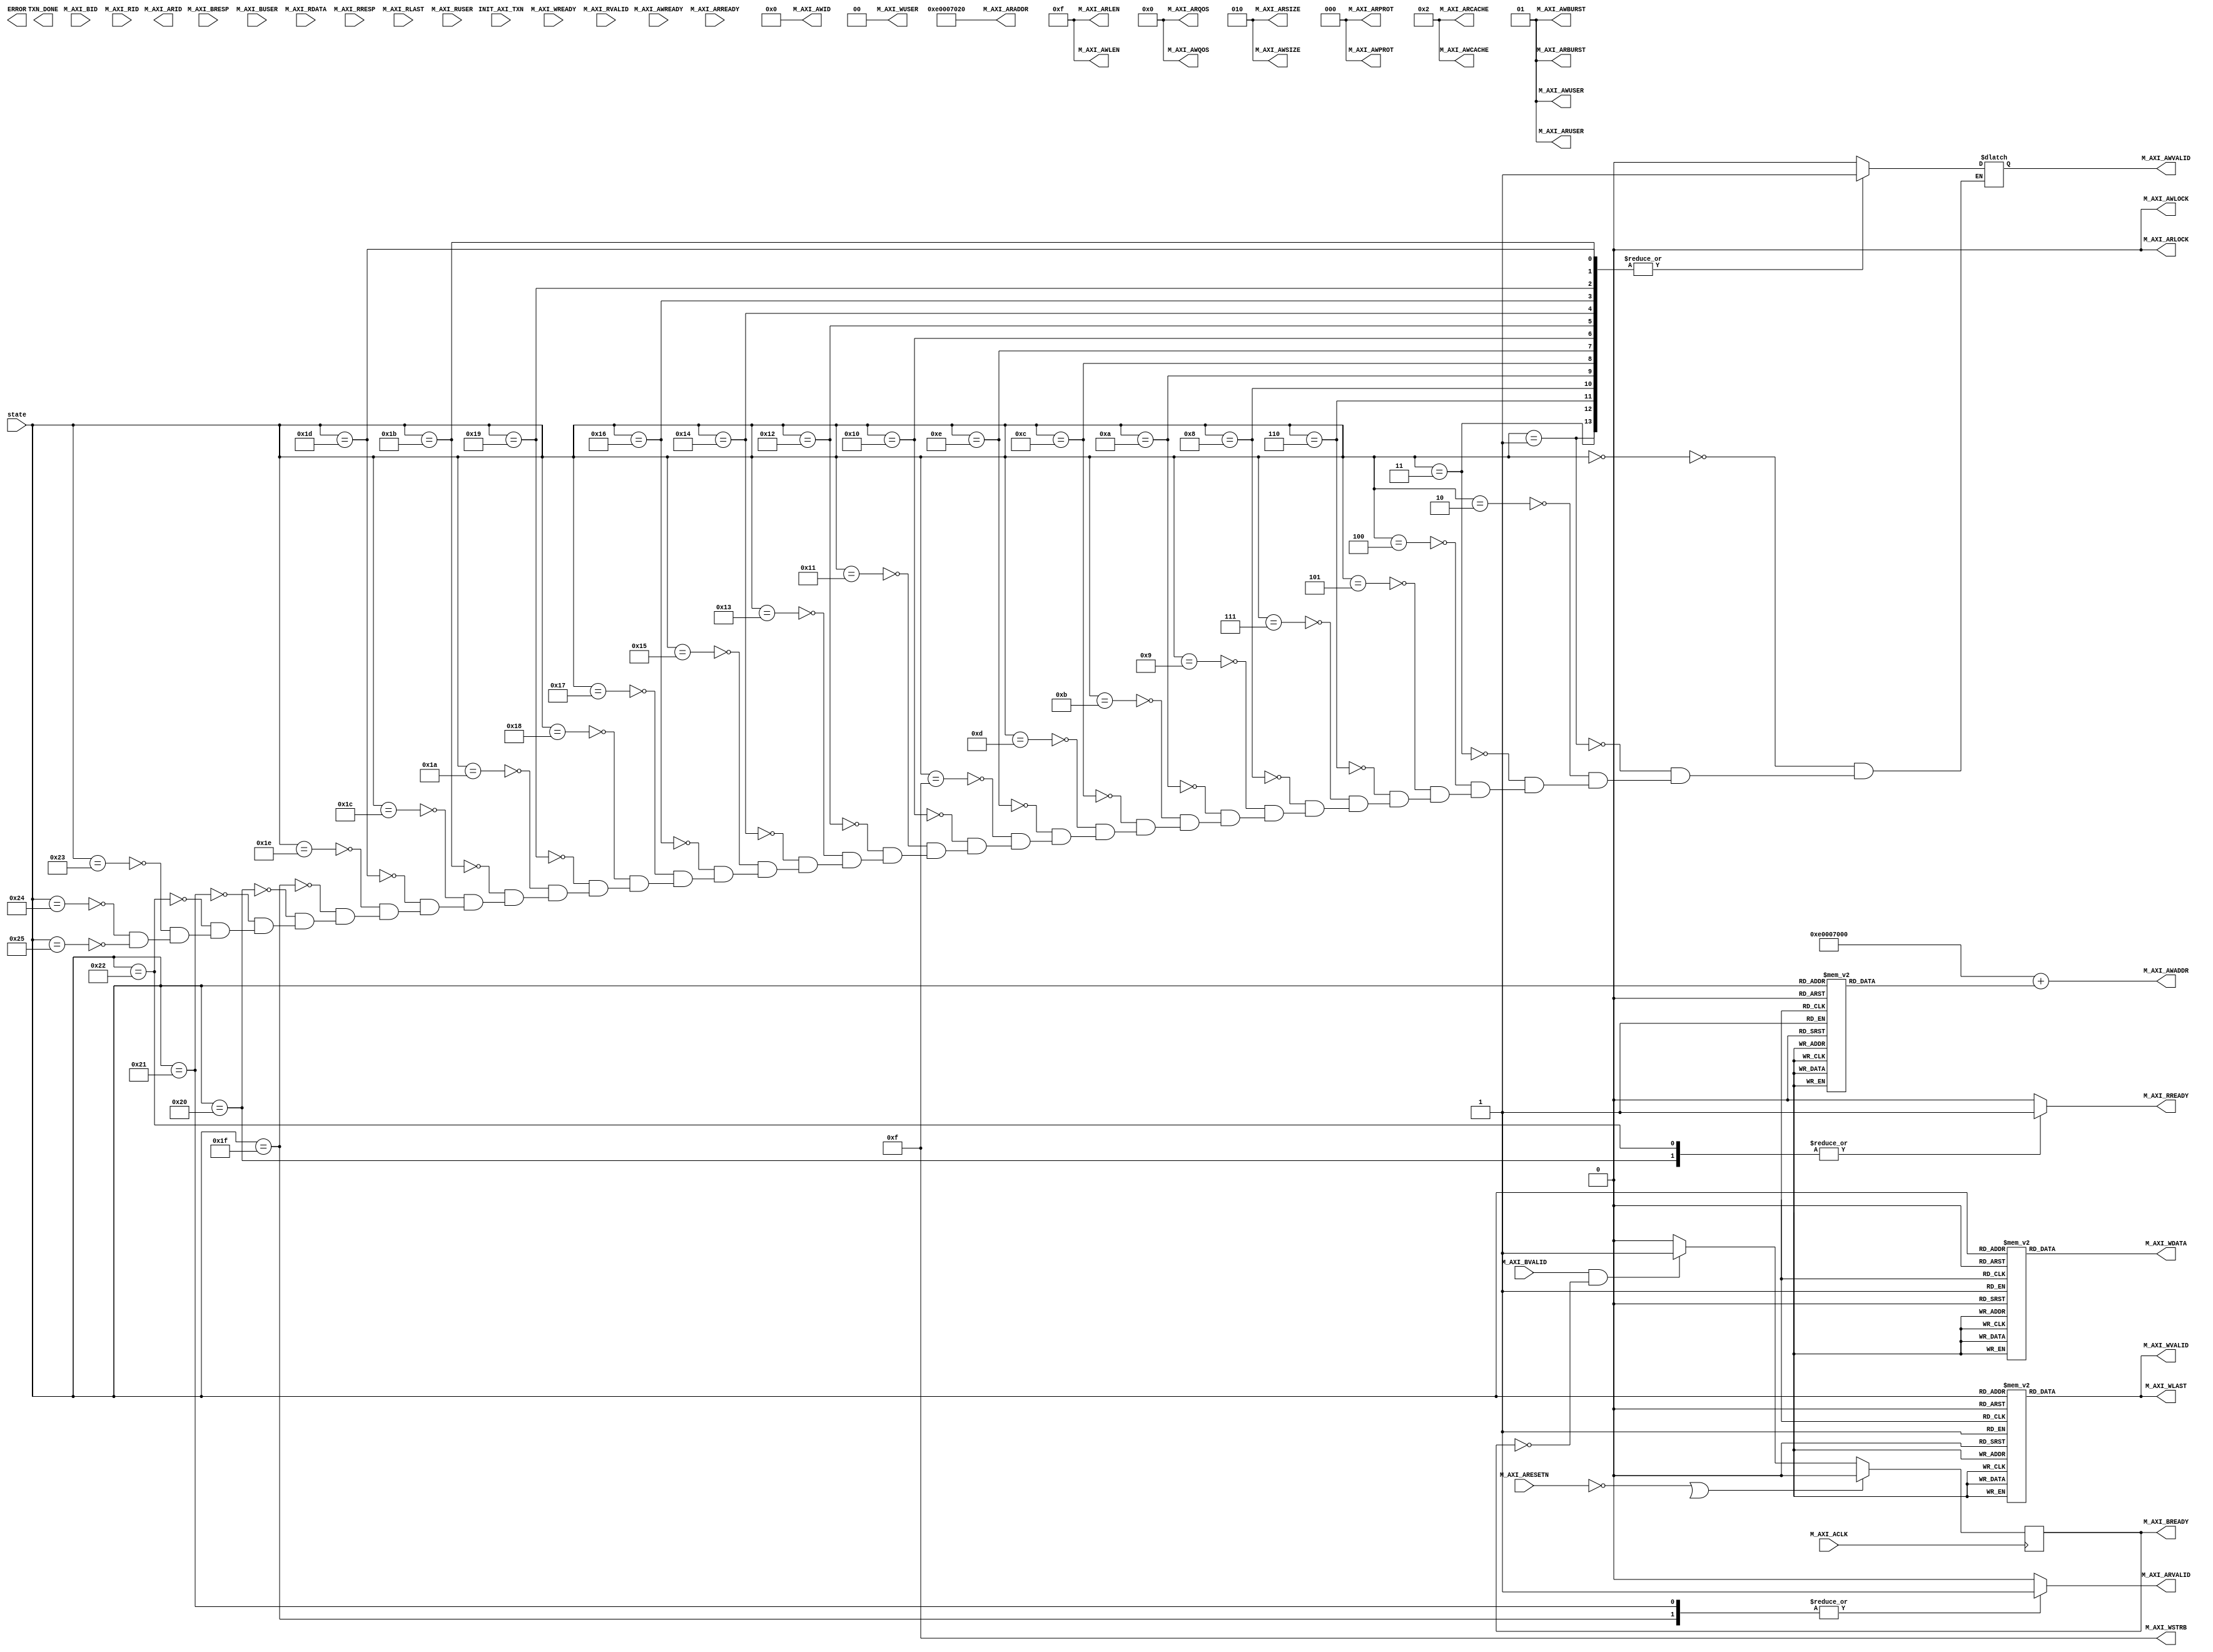

`timescale 1 ns / 1 ps

	module read_spi_v1_0_Read_from_SPI #
	(
		// Users to add parameters here

		// User parameters ends
		// Do not modify the parameters beyond this line

		// Base address of targeted slave
		parameter  C_M_TARGET_SLAVE_BASE_ADDR	= 32'he0007000,
		// Burst Length. Supports 1, 2, 4, 8, 16, 32, 64, 128, 256 burst lengths
		parameter integer C_M_AXI_BURST_LEN	= 16,
		// Thread ID Width
		parameter integer C_M_AXI_ID_WIDTH	= 5,
		// Width of Address Bus
		parameter integer C_M_AXI_ADDR_WIDTH	= 32,
		// Width of Data Bus
		parameter integer C_M_AXI_DATA_WIDTH	= 32,
		// Width of User Write Address Bus
		parameter integer C_M_AXI_AWUSER_WIDTH	= 0,
		// Width of User Read Address Bus
		parameter integer C_M_AXI_ARUSER_WIDTH	= 0,
		// Width of User Write Data Bus
		parameter integer C_M_AXI_WUSER_WIDTH	= 0,
		// Width of User Read Data Bus
		parameter integer C_M_AXI_RUSER_WIDTH	= 0,
		// Width of User Response Bus
		parameter integer C_M_AXI_BUSER_WIDTH	= 0
	)
	(
		// Users to add ports here
		input wire [5:0] state,
		// User ports ends
		// Do not modify the ports beyond this line

		// Initiate AXI transactions
		input wire  INIT_AXI_TXN,
		// Asserts when transaction is complete
		output wire  TXN_DONE,
		// Asserts when ERROR is detected
		output reg  ERROR,
		// Global Clock Signal.
		input wire  M_AXI_ACLK,
		// Global Reset Singal. This Signal is Active Low
		input wire  M_AXI_ARESETN,
		// Master Interface Write Address ID
		output wire [C_M_AXI_ID_WIDTH-1 : 0] M_AXI_AWID,
		// Master Interface Write Address
		output wire [C_M_AXI_ADDR_WIDTH-1 : 0] M_AXI_AWADDR,
		// Burst length. The burst length gives the exact number of transfers in a burst
		output wire [7 : 0] M_AXI_AWLEN,
		// Burst size. This signal indicates the size of each transfer in the burst
		output wire [2 : 0] M_AXI_AWSIZE,
		// Burst type. The burst type and the size information, 
    // determine how the address for each transfer within the burst is calculated.
		output wire [1 : 0] M_AXI_AWBURST,
		// Lock type. Provides additional information about the
    // atomic characteristics of the transfer.
		output wire  M_AXI_AWLOCK,
		// Memory type. This signal indicates how transactions
    // are required to progress through a system.
		output wire [3 : 0] M_AXI_AWCACHE,
		// Protection type. This signal indicates the privilege
    // and security level of the transaction, and whether
    // the transaction is a data access or an instruction access.
		output wire [2 : 0] M_AXI_AWPROT,
		// Quality of Service, QoS identifier sent for each write transaction.
		output wire [3 : 0] M_AXI_AWQOS,
		// Optional User-defined signal in the write address channel.
		output wire [C_M_AXI_AWUSER_WIDTH-1 : 0] M_AXI_AWUSER,
		// Write address valid. This signal indicates that
    // the channel is signaling valid write address and control information.
		output wire  M_AXI_AWVALID,
		// Write address ready. This signal indicates that
    // the slave is ready to accept an address and associated control signals
		input wire  M_AXI_AWREADY,
		// Master Interface Write Data.
		output wire [C_M_AXI_DATA_WIDTH-1 : 0] M_AXI_WDATA,
		// Write strobes. This signal indicates which byte
    // lanes hold valid data. There is one write strobe
    // bit for each eight bits of the write data bus.
		output wire [C_M_AXI_DATA_WIDTH/8-1 : 0] M_AXI_WSTRB,
		// Write last. This signal indicates the last transfer in a write burst.
		output wire  M_AXI_WLAST,
		// Optional User-defined signal in the write data channel.
		output wire [C_M_AXI_WUSER_WIDTH-1 : 0] M_AXI_WUSER,
		// Write valid. This signal indicates that valid write
    // data and strobes are available
		output wire  M_AXI_WVALID,
		// Write ready. This signal indicates that the slave
    // can accept the write data.
		input wire  M_AXI_WREADY,
		// Master Interface Write Response.
		input wire [C_M_AXI_ID_WIDTH-1 : 0] M_AXI_BID,
		// Write response. This signal indicates the status of the write transaction.
		input wire [1 : 0] M_AXI_BRESP,
		// Optional User-defined signal in the write response channel
		input wire [C_M_AXI_BUSER_WIDTH-1 : 0] M_AXI_BUSER,
		// Write response valid. This signal indicates that the
    // channel is signaling a valid write response.
		input wire  M_AXI_BVALID,
		// Response ready. This signal indicates that the master
    // can accept a write response.
		output wire  M_AXI_BREADY,
		// Master Interface Read Address.
		output wire [C_M_AXI_ID_WIDTH-1 : 0] M_AXI_ARID,
		// Read address. This signal indicates the initial
    // address of a read burst transaction.
		output wire [C_M_AXI_ADDR_WIDTH-1 : 0] M_AXI_ARADDR,
		// Burst length. The burst length gives the exact number of transfers in a burst
		output wire [7 : 0] M_AXI_ARLEN,
		// Burst size. This signal indicates the size of each transfer in the burst
		output wire [2 : 0] M_AXI_ARSIZE,
		// Burst type. The burst type and the size information, 
    // determine how the address for each transfer within the burst is calculated.
		output wire [1 : 0] M_AXI_ARBURST,
		// Lock type. Provides additional information about the
    // atomic characteristics of the transfer.
		output wire  M_AXI_ARLOCK,
		// Memory type. This signal indicates how transactions
    // are required to progress through a system.
		output wire [3 : 0] M_AXI_ARCACHE,
		// Protection type. This signal indicates the privilege
    // and security level of the transaction, and whether
    // the transaction is a data access or an instruction access.
		output wire [2 : 0] M_AXI_ARPROT,
		// Quality of Service, QoS identifier sent for each read transaction
		output wire [3 : 0] M_AXI_ARQOS,
		// Optional User-defined signal in the read address channel.
		output wire [C_M_AXI_ARUSER_WIDTH-1 : 0] M_AXI_ARUSER,
		// Write address valid. This signal indicates that
    // the channel is signaling valid read address and control information
		output wire  M_AXI_ARVALID,
		// Read address ready. This signal indicates that
    // the slave is ready to accept an address and associated control signals
		input wire  M_AXI_ARREADY,
		// Read ID tag. This signal is the identification tag
    // for the read data group of signals generated by the slave.
		input wire [C_M_AXI_ID_WIDTH-1 : 0] M_AXI_RID,
		// Master Read Data
		input wire [C_M_AXI_DATA_WIDTH-1 : 0] M_AXI_RDATA,
		// Read response. This signal indicates the status of the read transfer
		input wire [1 : 0] M_AXI_RRESP,
		// Read last. This signal indicates the last transfer in a read burst
		input wire  M_AXI_RLAST,
		// Optional User-defined signal in the read address channel.
		input wire [C_M_AXI_RUSER_WIDTH-1 : 0] M_AXI_RUSER,
		// Read valid. This signal indicates that the channel
    // is signaling the required read data.
		input wire  M_AXI_RVALID,
		// Read ready. This signal indicates that the master can
    // accept the read data and response information.
		output wire  M_AXI_RREADY
	);


	// function called clogb2 that returns an integer which has the
	//value of the ceiling of the log base 2

	  // function called clogb2 that returns an integer which has the 
	  // value of the ceiling of the log base 2.                      
	  function integer clogb2 (input integer bit_depth);              
	  begin                                                           
	    for(clogb2=0; bit_depth>0; clogb2=clogb2+1)                   
	      bit_depth = bit_depth >> 1;                                 
	    end                                                           
	  endfunction                                                     

	// C_TRANSACTIONS_NUM is the width of the index counter for 
	// number of write or read transaction.
	 localparam integer C_TRANSACTIONS_NUM = clogb2(C_M_AXI_BURST_LEN-1);

	// Burst length for transactions, in C_M_AXI_DATA_WIDTHs.
	// Non-2^n lengths will eventually cause bursts across 4K address boundaries.
	 localparam integer C_MASTER_LENGTH	= 12;
	// total number of burst transfers is master length divided by burst length and burst size
	 localparam integer C_NO_BURSTS_REQ = C_MASTER_LENGTH-clogb2((C_M_AXI_BURST_LEN*C_M_AXI_DATA_WIDTH/8)-1);
	// Example State machine to initialize counter, initialize write transactions, 
	// initialize read transactions and comparison of read data with the 
	// written data words.
	parameter [1:0] IDLE = 2'b00, // This state initiates AXI4Lite transaction 
			// after the state machine changes state to INIT_WRITE 
			// when there is 0 to 1 transition on INIT_AXI_TXN
		INIT_WRITE   = 2'b01, // This state initializes write transaction,
			// once writes are done, the state machine 
			// changes state to INIT_READ 
		INIT_READ = 2'b10, // This state initializes read transaction
			// once reads are done, the state machine 
			// changes state to INIT_COMPARE 
		INIT_COMPARE = 2'b11; // This state issues the status of comparison 
			// of the written data with the read data	

	 reg [1:0] mst_exec_state;


	localparam t_00=6'b000000;
	localparam t_01=6'b000001;
	localparam t_02=6'b000010;
	localparam t_03=6'b000011;
	localparam t_04=6'b000100;
	localparam t_05=6'b000101;
	localparam t_06=6'b000110;
	localparam t_07=6'b000111;
	localparam t_08=6'b001000;
	localparam t_09=6'b001001;
	localparam t_10=6'b001010;
	localparam t_11=6'b001011;
	localparam t_12=6'b001100;
	localparam t_13=6'b001101;
	localparam t_14=6'b001110;
	localparam t_15=6'b001111;
	localparam t_16=6'b010000;
	localparam t_17=6'b010001;
	localparam t_18=6'b010010;
	localparam t_19=6'b010011;
	localparam t_20=6'b010100;
	localparam t_21=6'b010101;
	localparam t_22=6'b010110;
	localparam t_23=6'b010111;
	localparam t_24=6'b011000;
	localparam t_25=6'b011001;
	localparam t_26=6'b011010;
	localparam t_27=6'b011011;
	localparam t_28=6'b011100;
	localparam t_29=6'b011101;
	localparam t_30=6'b011110;
	localparam t_31=6'b011111;
	localparam t_32=6'b100000;
	localparam t_33=6'b100001;
	localparam t_34=6'b100010;
	localparam t_35=6'b100011;
	localparam t_36=6'b100100;
	localparam t_37=6'b100101;

	// AXI4LITE signals
	//AXI4 internal temp signals
	reg [C_M_AXI_ID_WIDTH-1:0]  axi_id;
	reg [C_M_AXI_ADDR_WIDTH-1 : 0] 	axi_awaddr;
	reg  	axi_awvalid;
	reg [C_M_AXI_DATA_WIDTH-1 : 0] 	axi_wdata;
	//reg  	axi_wlast;
	reg  	axi_wvalid;
	reg  	axi_bready;
	//reg [C_M_AXI_ADDR_WIDTH-1 : 0] 	axi_araddr;
	reg  	axi_arvalid;
	reg  	axi_rready;
	//write beat count in a burst
	reg [C_TRANSACTIONS_NUM : 0] 	write_index;
	//read beat count in a burst
	reg [C_TRANSACTIONS_NUM : 0] 	read_index;
	//size of C_M_AXI_BURST_LEN length burst in bytes
	wire [C_TRANSACTIONS_NUM+2 : 0] 	burst_size_bytes;
	//The burst counters are used to track the number of burst transfers of C_M_AXI_BURST_LEN burst length needed to transfer 2^C_MASTER_LENGTH bytes of data.
	reg [C_NO_BURSTS_REQ : 0] 	write_burst_counter;
	reg [C_NO_BURSTS_REQ : 0] 	read_burst_counter;
	reg  	start_single_burst_write;
	reg  	start_single_burst_read;
	reg  	writes_done;
	reg  	reads_done;
	reg  	error_reg;
	reg  	compare_done;
	reg  	read_mismatch;
	reg  	burst_write_active;
	reg  	burst_read_active;
	reg [C_M_AXI_DATA_WIDTH-1 : 0] 	expected_rdata;
	//Interface response error flags
	wire  	write_resp_error;
	wire  	read_resp_error;
	wire  	wnext;
	wire  	rnext;
	reg  	init_txn_ff;
	reg  	init_txn_ff2;
	reg  	init_txn_edge;
	wire  	init_txn_pulse;


	// I/O Connections assignments

	//I/O Connections. Write Address (AW)
	assign M_AXI_AWID	= 'b0;
	//The AXI address is a concatenation of the target base address + active offset range
	assign M_AXI_AWADDR	= C_M_TARGET_SLAVE_BASE_ADDR + axi_awaddr;
	//Burst LENgth is number of transaction beats, minus 1
	assign M_AXI_AWLEN	= C_M_AXI_BURST_LEN - 1;
	//Size should be C_M_AXI_DATA_WIDTH, in 2^SIZE bytes, otherwise narrow bursts are used
	assign M_AXI_AWSIZE	= clogb2((C_M_AXI_DATA_WIDTH/8)-1);
	//INCR burst type is usually used, except for keyhole bursts
	assign M_AXI_AWBURST	= 2'b01;
	assign M_AXI_AWLOCK	= 1'b0;
	//Update value to 4'b0011 if coherent accesses to be used via the Zynq ACP port. Not Allocated, Modifiable, not Bufferable. Not Bufferable since this example is meant to test memory, not intermediate cache. 
	assign M_AXI_AWCACHE	= 4'b0010;
	assign M_AXI_AWPROT	= 3'h0;
	assign M_AXI_AWQOS	= 4'h0;
	assign M_AXI_AWUSER	= 'b1;
	assign M_AXI_AWVALID	= axi_awvalid;
	//Write Data(W)
	assign M_AXI_WDATA	= axi_wdata;
	//All bursts are complete and aligned in this example
	assign M_AXI_WSTRB	= {(C_M_AXI_DATA_WIDTH/8){1'b1}};
	assign M_AXI_WLAST	= axi_wvalid;
	assign M_AXI_WUSER	= 'b0;
	assign M_AXI_WVALID	= axi_wvalid;
	//Write Response (B)
	assign M_AXI_BREADY	= axi_bready;
	//Read Address (AR)
	assign M_AXI_ARID	= axi_id;
	assign M_AXI_ARADDR	= C_M_TARGET_SLAVE_BASE_ADDR + 32'h00000020;
	//Burst LENgth is number of transaction beats, minus 1
	assign M_AXI_ARLEN	= C_M_AXI_BURST_LEN - 1;
	//Size should be C_M_AXI_DATA_WIDTH, in 2^n bytes, otherwise narrow bursts are used
	assign M_AXI_ARSIZE	= clogb2((C_M_AXI_DATA_WIDTH/8)-1);
	//INCR burst type is usually used, except for keyhole bursts
	assign M_AXI_ARBURST	= 2'b01;
	assign M_AXI_ARLOCK	= 1'b0;
	//Update value to 4'b0011 if coherent accesses to be used via the Zynq ACP port. Not Allocated, Modifiable, not Bufferable. Not Bufferable since this example is meant to test memory, not intermediate cache. 
	assign M_AXI_ARCACHE	= 4'b0010;
	assign M_AXI_ARPROT	= 3'h0;
	assign M_AXI_ARQOS	= 4'h0;
	assign M_AXI_ARUSER	= 'b1;
	assign M_AXI_ARVALID	= axi_arvalid;
	//Read and Read Response (R)
	assign M_AXI_RREADY	= axi_rready;
	//Example design I/O
	assign TXN_DONE	= compare_done;
	//Burst size in bytes
	assign burst_size_bytes	= C_M_AXI_BURST_LEN * C_M_AXI_DATA_WIDTH/8;
	//assign init_txn_pulse	= (!init_txn_ff2) && init_txn_ff;


	//Generate a pulse to initiate AXI transaction.
	/*always @(posedge M_AXI_ACLK)										      
	  begin                                                                        
	    // Initiates AXI transaction delay    
	    if (M_AXI_ARESETN == 0 )                                                   
	      begin                                                                    
	        init_txn_ff <= 1'b0;                                                   
	        init_txn_ff2 <= 1'b0;                                                   
	      end                                                                               
	    else                                                                       
	      begin  
	        init_txn_ff <= INIT_AXI_TXN;
	        init_txn_ff2 <= init_txn_ff;                                                                 
	      end                                                                      
	  end*/     


	//--------------------
	//Write Address Channel
	//--------------------

	//awvalid logic
	always @(*)begin
		case(state)
			t_00: axi_awvalid = 1'b0;
			t_01: axi_awvalid = 1'b1;
			t_02: axi_awvalid = 1'b0;
			t_03: axi_awvalid = 1'b1;
			t_04: axi_awvalid = 1'b0;
			t_05: axi_awvalid = 1'b0;
			t_06: axi_awvalid = 1'b1;
			t_07: axi_awvalid = 1'b0;
			t_08: axi_awvalid = 1'b1;
			t_09: axi_awvalid = 1'b0;
			t_10: axi_awvalid = 1'b1;
			t_11: axi_awvalid = 1'b0;
			t_12: axi_awvalid = 1'b1;
			t_13: axi_awvalid = 1'b0;
			t_14: axi_awvalid = 1'b1;
			t_15: axi_awvalid = 1'b0;
			t_16: axi_awvalid = 1'b1;
			t_17: axi_awvalid = 1'b0;
			t_18: axi_awvalid = 1'b1;
			t_19: axi_awvalid = 1'b0;
			t_20: axi_awvalid = 1'b1;
			t_21: axi_awvalid = 1'b0;
			t_22: axi_awvalid = 1'b1;
			t_23: axi_awvalid = 1'b0;
			t_24: axi_awvalid = 1'b0;
			t_25: axi_awvalid = 1'b1;
			t_26: axi_awvalid = 1'b0;
			t_27: axi_awvalid = 1'b1;
			t_28: axi_awvalid = 1'b0;
			t_29: axi_awvalid = 1'b1;
			t_30: axi_awvalid = 1'b0;
			t_31: axi_awvalid = 1'b0;
			t_32: axi_awvalid = 1'b0;
			t_33: axi_awvalid = 1'b0;
			t_34: axi_awvalid = 1'b0;
			t_35: axi_awvalid = 1'b0;
			t_36: axi_awvalid = 1'b0;
			t_37: axi_awvalid = 1'b0;
		endcase
	end

	//awaddr logic
	always @(*) begin
		case(state) 
			t_00: axi_awaddr = 32'h00000000;
			t_01: axi_awaddr = 32'h00000000;
			t_02: axi_awaddr = 32'h00000000;
			t_03: axi_awaddr = 32'h0000002c;
			t_04: axi_awaddr = 32'h00000000;
			t_05: axi_awaddr = 32'h00000000;
			t_06: axi_awaddr = 32'h00000000;
			t_07: axi_awaddr = 32'h00000000;
			t_08: axi_awaddr = 32'h00000014;
			t_09: axi_awaddr = 32'h00000000;
			t_10: axi_awaddr = 32'h0000001c;
			t_11: axi_awaddr = 32'h00000000;
			t_12: axi_awaddr = 32'h0000001c;
			t_13: axi_awaddr = 32'h00000000;
			t_14: axi_awaddr = 32'h0000001c;
			t_15: axi_awaddr = 32'h00000000;
			t_16: axi_awaddr = 32'h0000001c;
			t_17: axi_awaddr = 32'h00000000;
			t_18: axi_awaddr = 32'h00000008;
			t_19: axi_awaddr = 32'h00000000;
			t_20: axi_awaddr = 32'h0000000c;
			t_21: axi_awaddr = 32'h00000000;
			t_22: axi_awaddr = 32'h00000000;
			t_23: axi_awaddr = 32'h00000000;
			t_24: axi_awaddr = 32'h00000000;
			t_25: axi_awaddr = 32'h0000000c;
			t_26: axi_awaddr = 32'h00000000;
			t_27: axi_awaddr = 32'h00000000;
			t_28: axi_awaddr = 32'h00000000;
			t_29: axi_awaddr = 32'h00000014;
			t_30: axi_awaddr = 32'h00000000;
			t_31: axi_awaddr = 32'h00000000;
			t_32: axi_awaddr = 32'h00000000;
			t_33: axi_awaddr = 32'h00000000;
			t_34: axi_awaddr = 32'h00000000;
			t_35: axi_awaddr = 32'h00000000;
			t_36: axi_awaddr = 32'h00000000;
			t_37: axi_awaddr = 32'h00000000;
		default   axi_awaddr = 32'h00000000;
		endcase
	end

	//--------------------
	//Write Data Channel
	//--------------------

	// WVALID logic
	always @(*) begin
		case(state) 
			t_00: axi_wvalid=1'b0;
			t_01: axi_wvalid=1'b1;
			t_02: axi_wvalid=1'b1;
			t_03: axi_wvalid=1'b1;
			t_04: axi_wvalid=1'b1;
			t_05: axi_wvalid=1'b0;
			t_06: axi_wvalid=1'b1;
			t_07: axi_wvalid=1'b1;
			t_08: axi_wvalid=1'b1;
			t_09: axi_wvalid=1'b1;
			t_10: axi_wvalid=1'b1;
			t_11: axi_wvalid=1'b1;
			t_12: axi_wvalid=1'b1;
			t_13: axi_wvalid=1'b1;
			t_14: axi_wvalid=1'b1;
			t_15: axi_wvalid=1'b1;
			t_16: axi_wvalid=1'b1;
			t_17: axi_wvalid=1'b1;
			t_18: axi_wvalid=1'b1;
			t_19: axi_wvalid=1'b1;
			t_20: axi_wvalid=1'b1;
			t_21: axi_wvalid=1'b1;
			t_22: axi_wvalid=1'b1;
			t_23: axi_wvalid=1'b1;
			t_24: axi_wvalid=1'b0;
			t_25: axi_wvalid=1'b1;
			t_26: axi_wvalid=1'b1;
			t_27: axi_wvalid=1'b1;
			t_28: axi_wvalid=1'b1;
			t_29: axi_wvalid=1'b1;
			t_30: axi_wvalid=1'b1;
			t_31: axi_wvalid=1'b0;
			t_32: axi_wvalid=1'b0;
			t_33: axi_wvalid=1'b0;
			t_34: axi_wvalid=1'b0;
			t_35: axi_wvalid=1'b0;
			t_36: axi_wvalid=1'b0;
			t_37: axi_wvalid=1'b0;
		default   axi_wvalid=1'b0;
		endcase
	end


	//WLAST logic
	//assign axi_wlast = axi_wvalid;

	//wdata logic
	always @(*) begin
		case(state) 
			t_00: axi_wdata=32'h00000000;
			t_01: axi_wdata=32'h0000fc17;
			t_02: axi_wdata=32'h0000fc17;
			t_03: axi_wdata=32'h00000006;
			t_04: axi_wdata=32'h00000006;
			t_05: axi_wdata=32'h00000000;
			t_06: axi_wdata=32'h00004017;
			t_07: axi_wdata=32'h00004017;
			t_08: axi_wdata=32'h00000001;
			t_09: axi_wdata=32'h00000001;
			t_10: axi_wdata=32'h00000090;
			t_11: axi_wdata=32'h00000090;
			t_12: axi_wdata=32'h00000000;
			t_13: axi_wdata=32'h00000000;
			t_14: axi_wdata=32'h00000000;
			t_15: axi_wdata=32'h00000000;
			t_16: axi_wdata=32'h00000000;
			t_17: axi_wdata=32'h00000000;
			t_18: axi_wdata=32'h00000010;
			t_19: axi_wdata=32'h00000010;
			t_20: axi_wdata=32'h0000006f;
			t_21: axi_wdata=32'h0000006f;
			t_22: axi_wdata=32'h0001f417;
			t_23: axi_wdata=32'h0001f417;
			t_24: axi_wdata=32'h00000000;
			t_25: axi_wdata=32'h0000007f;
			t_26: axi_wdata=32'h0000007f;
			t_27: axi_wdata=32'h00007c17;
			t_28: axi_wdata=32'h00007c17;
			t_29: axi_wdata=32'h00000000;
			t_30: axi_wdata=32'h00000000;
			t_31: axi_wdata=32'h00000000;
			t_32: axi_wdata=32'h00000000;
			t_33: axi_wdata=32'h00000000;
			t_34: axi_wdata=32'h00000000;
			t_35: axi_wdata=32'h00000000;
			t_36: axi_wdata=32'h00000000;
			t_37: axi_wdata=32'h00000000;
		default   axi_wdata=32'h00000000;
		endcase
	end


	//----------------------------
	//Write Response (B) Channel
	//----------------------------

	//The write response channel provides feedback that the write has committed
	//to memory. BREADY will occur when all of the data and the write address
	//has arrived and been accepted by the slave.

	//The write issuance (number of outstanding write addresses) is started by 
	//the Address Write transfer, and is completed by a BREADY/BRESP.

	//While negating BREADY will eventually throttle the AWREADY signal, 
	//it is best not to throttle the whole data channel this way.

	//The BRESP bit [1] is used indicate any errors from the interconnect or
	//slave for the entire write burst. This example will capture the error 
	//into the ERROR output. 

	  always @(posedge M_AXI_ACLK)                                     
	  begin                                                                 
	    if (M_AXI_ARESETN == 0 || init_txn_pulse == 1'b1 )                                            
	      begin                                                             
	        axi_bready <= 1'b0;                                             
	      end                                                               
	    // accept/acknowledge bresp with axi_bready by the master           
	    // when M_AXI_BVALID is asserted by slave                           
	    else if (M_AXI_BVALID && ~axi_bready)                               
	      begin                                                             
	        axi_bready <= 1'b1;                                             
	      end                                                               
	    // deassert after one clock cycle                                   
	    else if (axi_bready)                                                
	      begin                                                             
	        axi_bready <= 1'b0;                                             
	      end                                                               
	    // retain the previous value                                        
	    else                                                                
	      axi_bready <= axi_bready;                                         
	  end                                                                   
	                                                                        
	                                                                        
	//Flag any write response errors                                        
	  assign write_resp_error = axi_bready & M_AXI_BVALID & M_AXI_BRESP[1]; 


	//----------------------------
	//Read Address Channel
	//----------------------------

	//arvalid logic
	always @(*) begin
		case(state)
			t_31: axi_arvalid=1'b1;
			t_33: axi_arvalid=1'b1;
		default   axi_arvalid=1'b0;
		endcase
	end

	//araddr logic
	//assign axi_araddr = 32'h00000020;

	//--------------------------------
	//Read Data (and Response) Channel
	//--------------------------------

	//rready logic
	always @(*) begin
		case(state)
			t_32: axi_rready=1'b1;
			t_34: axi_rready=1'b1;
		default   axi_rready=1'b0;
		endcase
	end

	
	// Add user logic here

	// User logic ends

	endmodule